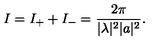
I = I _ { + } + I _ { - } = \frac { 2 \pi } { \vert \lambda \vert ^ { 2 } \vert a \vert ^ { 2 } } .